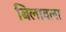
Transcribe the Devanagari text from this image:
बिलावला